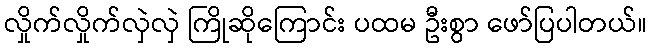
လှိုက်လှိုက်လှဲလှဲ ကြိုဆိုကြောင်း ပထမ ဦးစွာ ဖော်ပြပါတယ်။